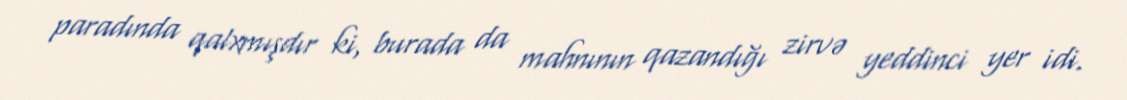
paradında qalxmışdır ki, burada da mahnının qazandığı zirvə yeddinci yer idi.